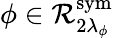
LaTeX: \phi\in\mathcal{R}_{2\lambda_{\phi}}^{\textrm{{sym}}}